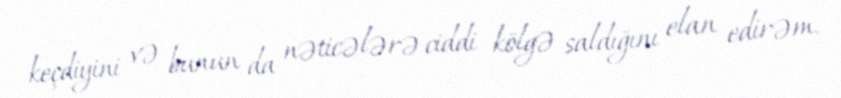
keçdiyini və bunun da nəticələrə ciddi kölgə saldığını elan edirəm.